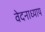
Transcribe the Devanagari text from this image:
वेदनाध्याय